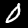
Label: 0